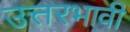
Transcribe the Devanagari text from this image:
उत्तरभावी